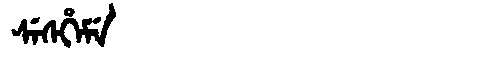
Manchu: ᠰᡝᠰᡥᡝᠮᡝ
Romanization: SESHEME